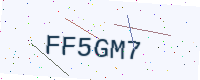
Text: FF5GM7